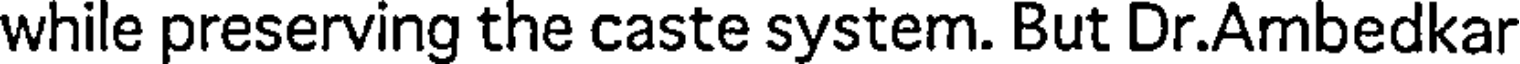
while preserving the caste system. But Dr.Ambedkar